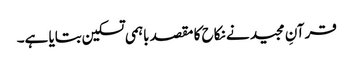
قرآنِ مجید نے نکاح کا مقصد باہمی تسکین بتایا ہے۔